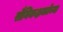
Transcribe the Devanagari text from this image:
सैनिकक्षमतेच्या